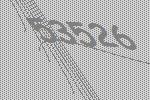
53526